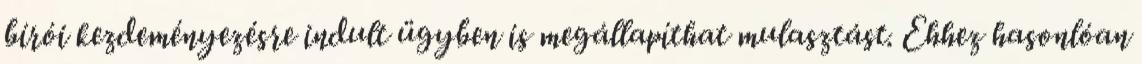
bírói kezdeményezésre indult ügyben is megállapíthat mulasztást. Ehhez hasonlóan